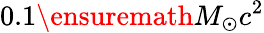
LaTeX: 0.1{\ensuremath{M_{\odot}}}c^{2}